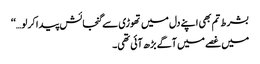
بشرط تم بھی اپنے دل میں تھوڑی سے گنجائش پیدا کر لو…‘‘
میں غصے میں آگے بڑھ آئی تھی۔